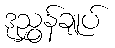
ဒုညွှန်ချုပ်